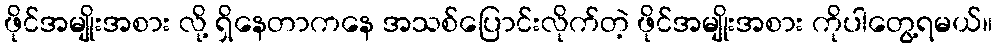
ဖိုင်အမျိုးအစား လို့ ရှိနေတာကနေ အသစ်ပြောင်းလိုက်တဲ့ ဖိုင်အမျိုးအစား ကိုပါတွေ့ရမယ်။